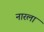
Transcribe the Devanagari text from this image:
नारला